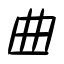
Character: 曲